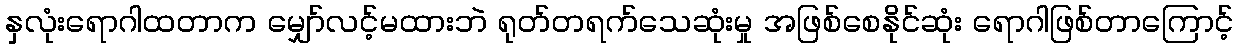
နှလုံးရောဂါထတာက မျှော်လင့်မထားဘဲ ရုတ်တရက်သေဆုံးမှု အဖြစ်စေနိုင်ဆုံး ရောဂါဖြစ်တာကြောင့်